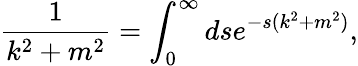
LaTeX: {\frac{1}{k^{2}+m^{2}}}=\int_{0}^{\infty}dse^{-s(k^{2}+m^{2})},